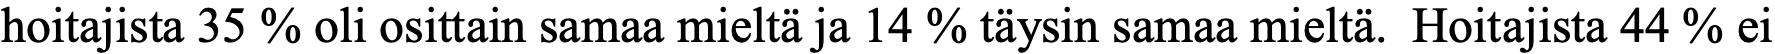
hoitajista 35 % oli osittain samaa mieltä ja 14 % täysin samaa mieltä. Hoitajista 44 % ei